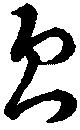
欠